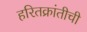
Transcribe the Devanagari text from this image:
हरितक्रांतीची